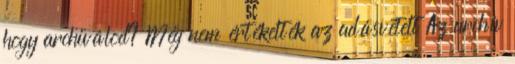
hogy archiválod? Még nem értékelték az adásvételt Az archív